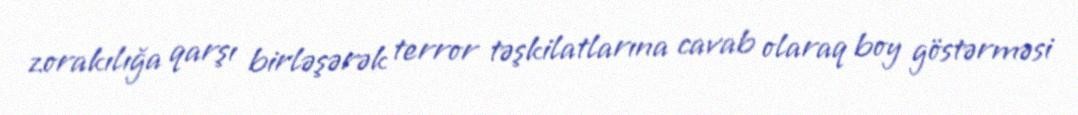
zorakılığa qarşı birləşərək terror təşkilatlarına cavab olaraq boy göstərməsi